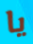
يا